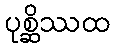
ပုစ္ဆိဿထ